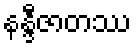
နန္ဒီဇာတဿ